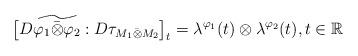
LaTeX: \begin{align*}\big[D\widetilde{\varphi_1\bar{\otimes}\varphi_2}:D\tau_{M_1\bar{\otimes}M_2}\big]_t = \lambda^{\varphi_1}(t)\otimes\lambda^{\varphi_2}(t), t \in \mathbb{R}\end{align*}